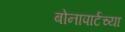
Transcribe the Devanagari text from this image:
बोनापार्टच्या